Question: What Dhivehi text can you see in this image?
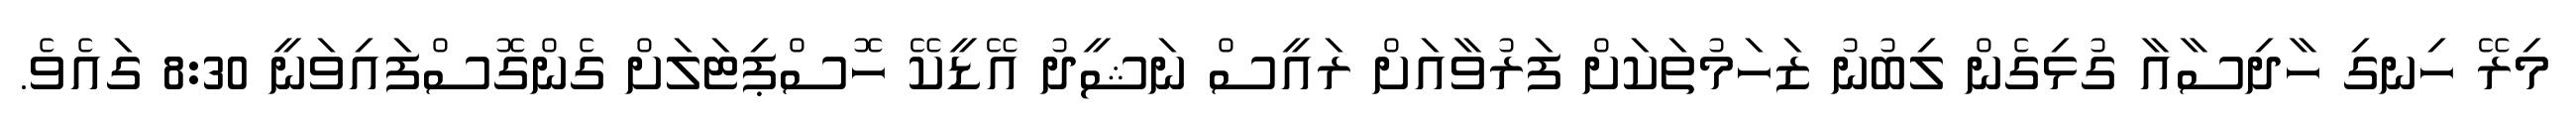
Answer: މިރޭ ހިނގި ހާދިސާއާ ގުޅިގެން ލިބުނު ޒަހަމުތަކަށް ފަރުވާއަށް ރައީސް ނަޝީދު އޭޑީކޭ ހޮސްޕިޓަލަށް ގެންގޮސްފައިވަނީ 8:30 ގައެވެ.